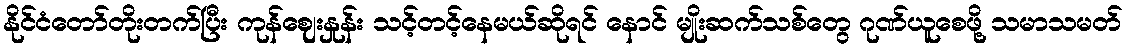
နိုင်ငံတော်တိုးတက်ပြီး ကုန်ဈေးနှုန်း သင့်တင့်နေမယ်ဆိုရင် နောင် မျိုးဆက်သစ်တွေ ဂုဏ်ယူစေဖို့ သမာသမတ်